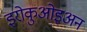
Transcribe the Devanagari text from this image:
इरोकुओइअन